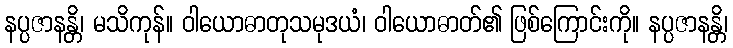
နပ္ပဇာနန္တိ၊ မသိကုန်။ ဝါယောဓာတုသမုဒယံ၊ ဝါယောဓာတ်၏ ဖြစ်ကြောင်းကို။ နပ္ပဇာနန္တိ၊